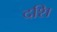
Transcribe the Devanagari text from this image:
दशि